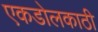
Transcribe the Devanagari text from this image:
एकडोलकाठी